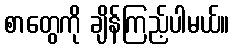
စာတွေကို ချိန်ကြည့်ပါမယ်။